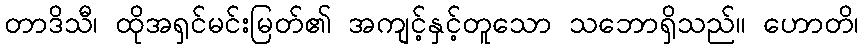
တာဒိသီ၊ ထိုအရှင်မင်းမြတ်၏ အကျင့်နှင့်တူသော သဘောရှိသည်။ ဟောတိ၊